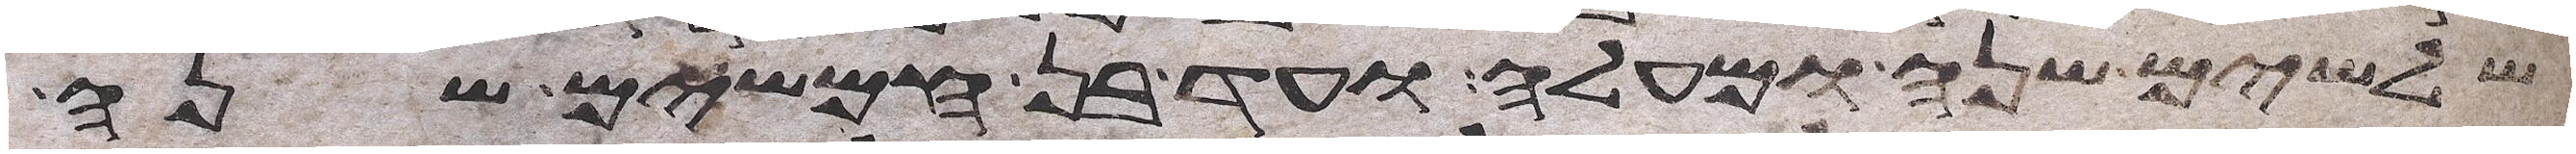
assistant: שלשים שנה ומעלה ועד בן חמשים שנה